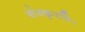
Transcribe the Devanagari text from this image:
संस्कृरति।